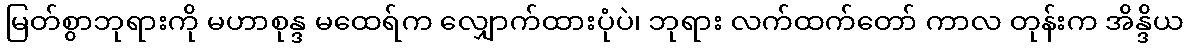
မြတ်စွာဘုရားကို မဟာစုန္ဒ မထေရ်က လျှောက်ထားပုံပဲ၊ ဘုရား လက်ထက်တော် ကာလ တုန်းက အိန္ဒိယ